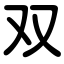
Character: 双